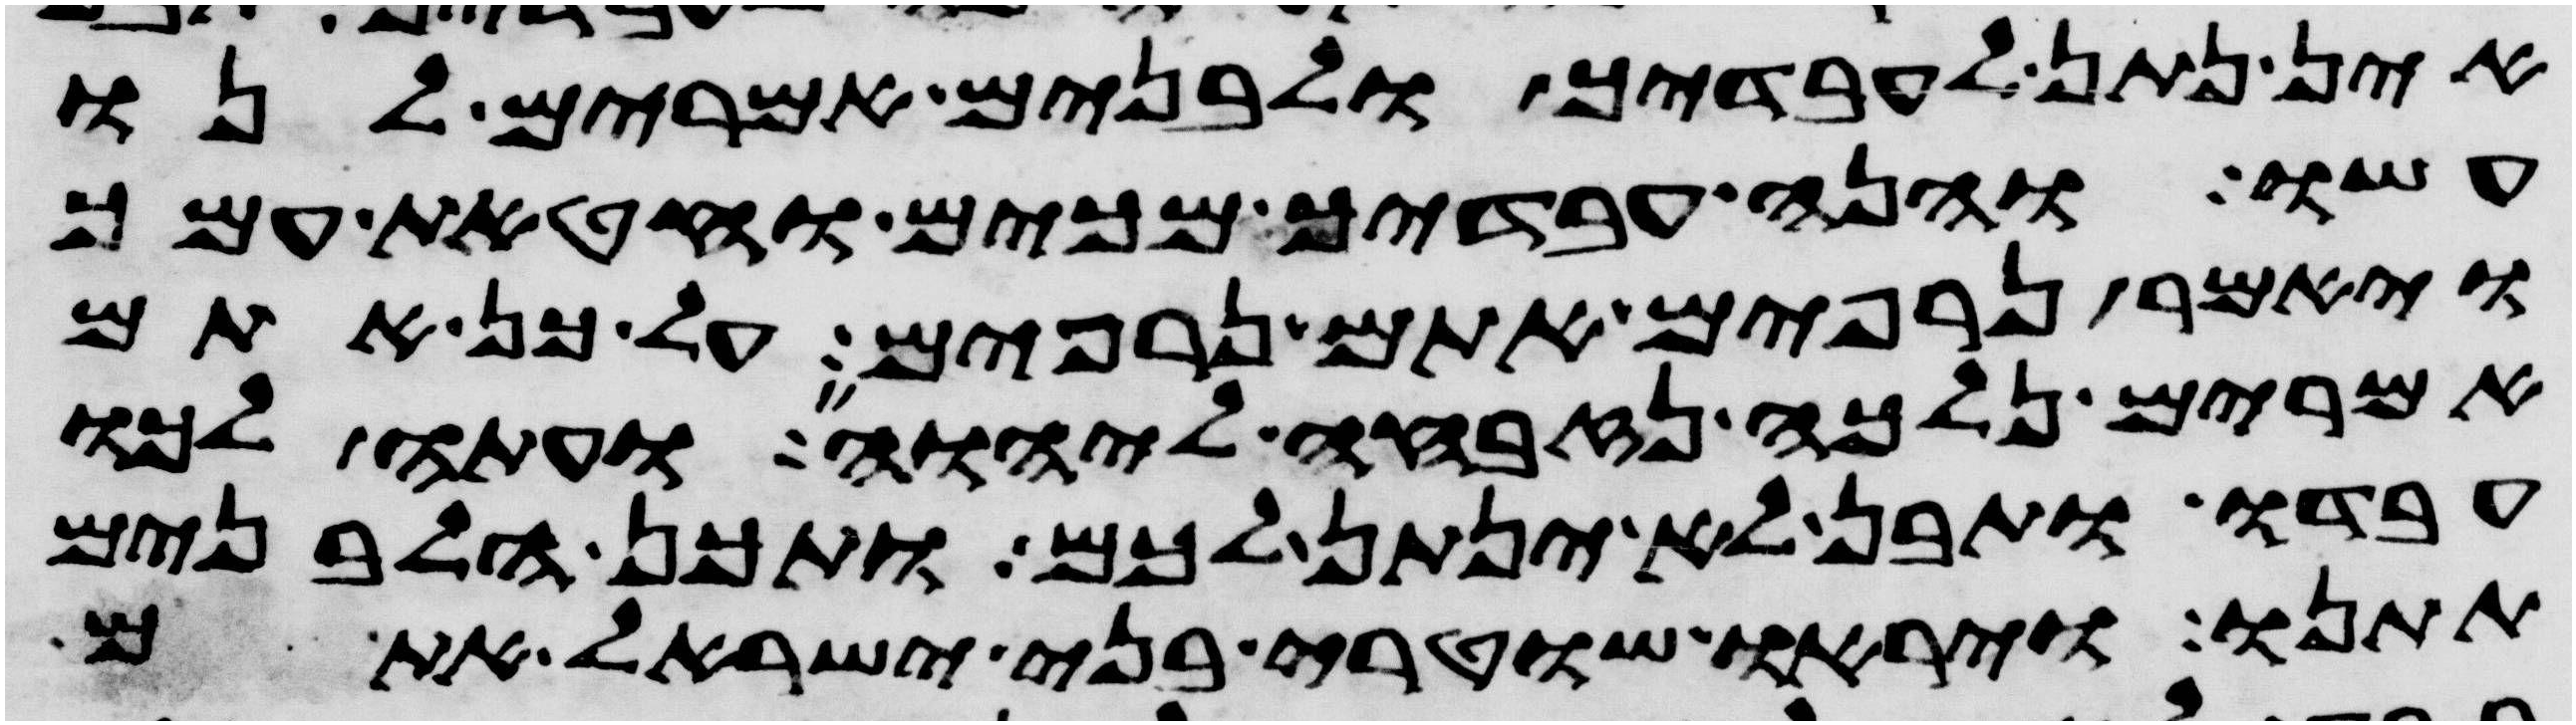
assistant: אין נתן לעבדיך ולבנים אמרים לנו
עשו והנה עבדיך מכים וחטאת עמך
ויאמר נרפים אתם נרפים על כן אתם
אמרים נלכה נזבחה ליהוה ועתה לכו
עבדו ותבן לא ינתן לכם ותכן הלבנים
תתנו ויראו שוטרי בני ישראל אתם